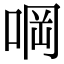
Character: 𠵹